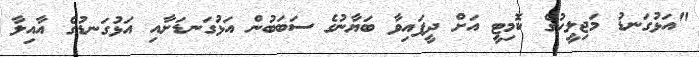
"އަޅުގަނޑު މަޖިލީހުގެ ކޮމިޓީ އަށް ދީފައިވާ ބަޔާނުގެ ސަބަބުން އަޅުގަނޑަށާއި އަޅުގަނޑުގެ އާއިލާ